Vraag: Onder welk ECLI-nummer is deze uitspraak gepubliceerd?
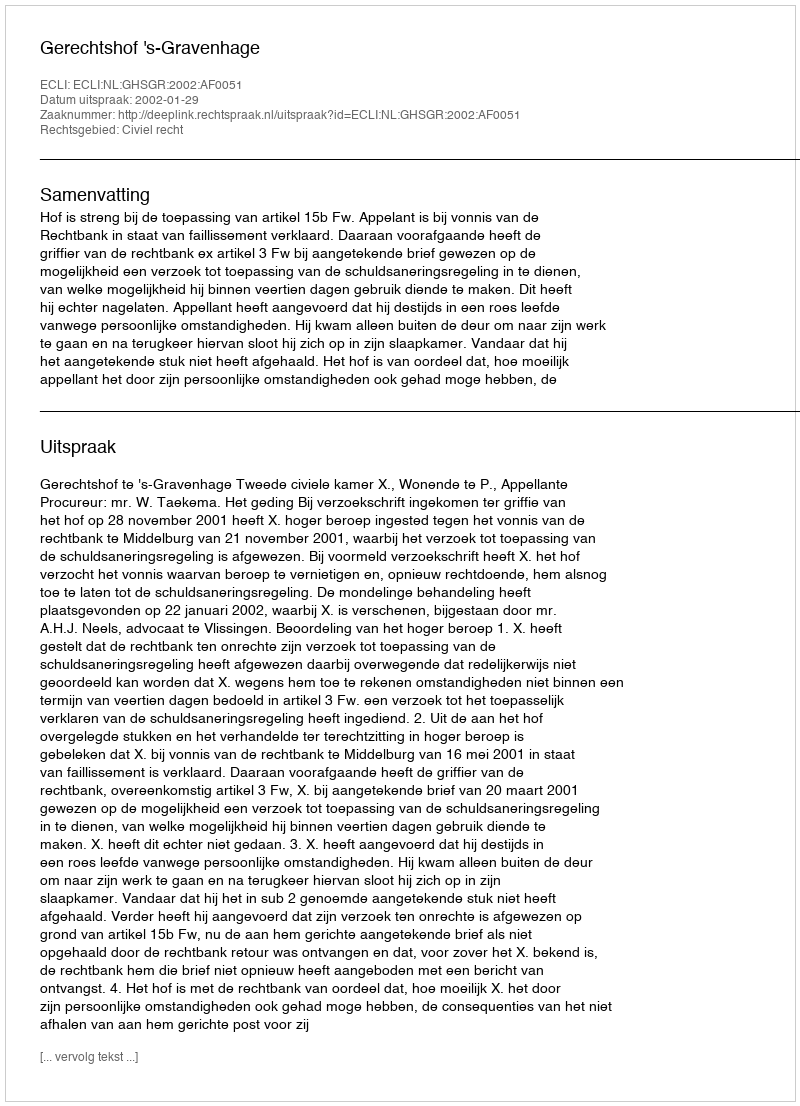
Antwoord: ECLI:NL:GHSGR:2002:AF0051